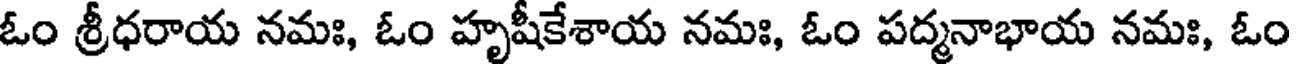
ఓం శ్రీధరాయ నమః, ఓం హృషీకేశాయ నమః, ఓం పద్మనాభాయ నమః, ఓం